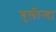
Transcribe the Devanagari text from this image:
गुलीन्दा